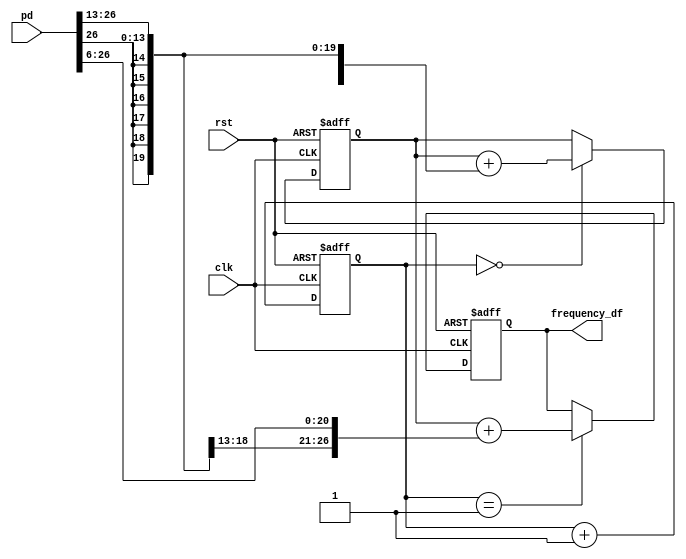
//LoopFilter.v
module LoopFilter (
	rst,clk,pd,
	frequency_df); 
	
	input		rst;   //
	input		clk;   //FPGA8MHz
	input	 signed [26:0]	pd;            //8MHz
	output signed [26:0]	frequency_df;  //
	
	
   reg [2:0] count;
	reg signed [26:0] sum,loopout;
	always @(posedge clk or posedge rst)
		if (rst)
		   begin
				count <= 3'd0;
				sum <= 27'd0;
				loopout <= 27'd0;
			end
		else
			begin
				//8CLK
				count <= count + 3'd1;
			   //
				if (count==3'd0)
				   //c2=2^(-13)
			      sum<=sum+{{13{pd[26]}},pd[26:13]};
 			   if (count==3'd1)
				   //c1=2^(-6)
				   loopout<=sum+{{6{pd[26]}},pd[26:6]};
			  end
			  
     assign frequency_df = loopout;

endmodule